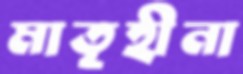
মাতৃহীনা